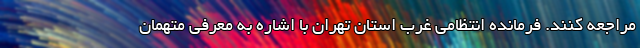
مراجعه کنند. فرمانده انتظامی غرب استان تهران با اشاره به معرفی متهمان